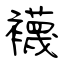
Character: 襪